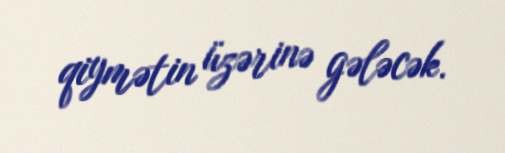
qiymətin üzərinə gələcək.